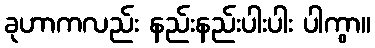
ခုဟာကလည်း နည်းနည်းပါးပါး ပါကွာ။